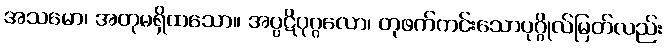
အသမော၊ အတုမရှိထသော။ အပ္ပဋိပုဂ္ဂလော၊ တုဖက်ကင်းသောပုဂ္ဂိုလ်မြတ်လည်း